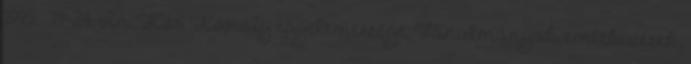
1995. – 19-24; In: Kós Károly egyetemessége. Tanulmányok, emlékezések,